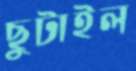
ছুটাইল